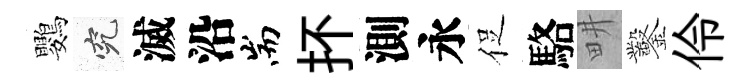
鸚究滅沿耑抔測永促駱畊鑿伶